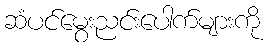
ဆံပင်မွေးညင်းပေါက်များကို